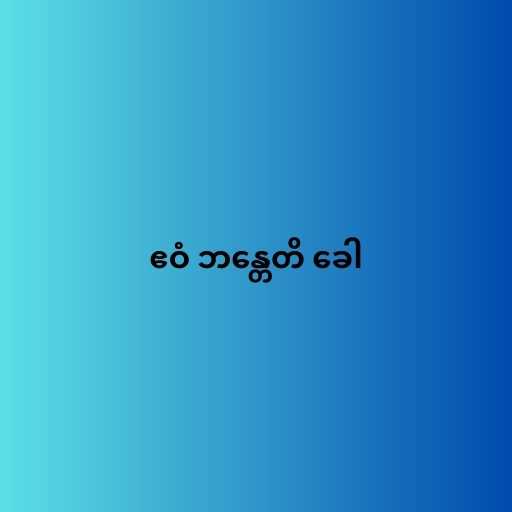
ဧဝံ ဘန္တေတိ ခေါ